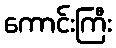
ကောင်းကြီး